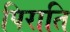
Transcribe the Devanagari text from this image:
पिराति